Annual report on the mental hospital in the Central Provinces and Berar (Nagpur) - 1927-1951
Year: 1927
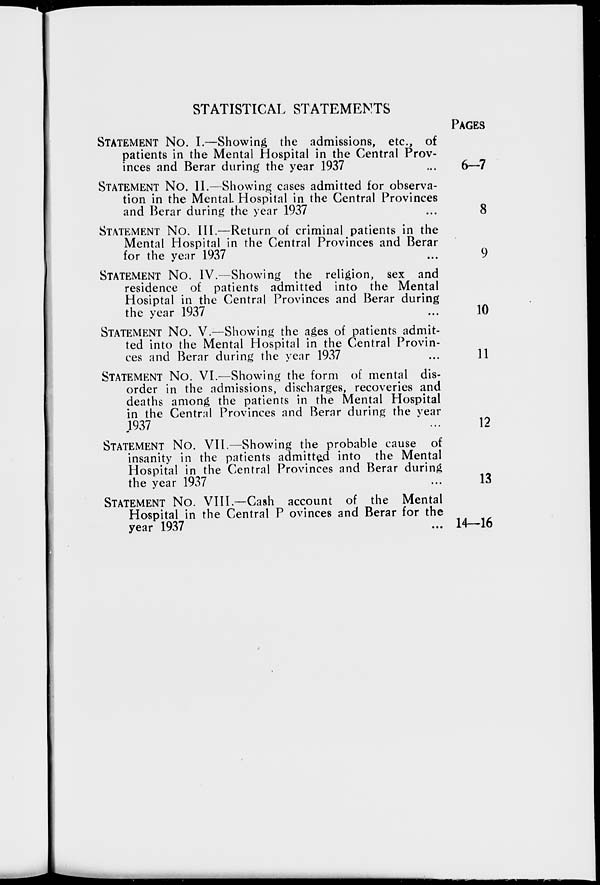
STATISTICAL STATEMENTS
STATEMENT No. I.—Showing the admissions, etc., of
patients in the Mental Hospital in the Central Prov-
inces and Berar during the year 1937
STATEMENT No. II.—Showing cases admitted for observa-
tion in the Mental Hospital in the Central Provinces
and Berar during the year 1937
STATEMENT No. III.—Return of criminal patients in the
Mental Hospital in the Central Provinces and Berar
for the year 1937
STATEMENT No. IV.—Showing the religion, sex and
residence of patients admitted into the Mental
Hosiptal in the Central Provinces and Berar during
the year 1937
STATEMENT No. V.—Showing the ages of patients admit-
ted into the Mental Hospital in the Central Provin-
ces and Berar during the year 1937
STATEMENT No. VI.—Showing the form of mental dis-
order in the admissions, discharges, recoveries and
deaths among the patients in the Mental Hospital
in the Central Provinces and Berar during the year
1937
STATEMENT No. VII.—Showing the probable cause of
insanity in the patients admitted into the Mental
Hospital in the Central Provinces and Berar during
the year 1937
STATEMENT No. VIII.—Cash account of the Mental
Hospital in the Central Provinces and Berar for the
year 1937
PAGES
6—7
8
9
10
11
12
13
14—16